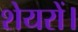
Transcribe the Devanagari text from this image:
शेयरों।